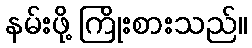
နမ်းဖို့ ကြိုးစားသည်။